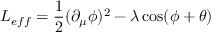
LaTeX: L _ { e f f } = \frac { 1 } { 2 } ( \partial _ { \mu } \phi ) ^ { 2 } - \lambda \cos ( \phi + \theta )